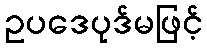
ဥပဒေပုဒ်မဖြင့်